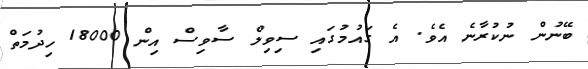
ބޭނުން ނުކުރާނެ އެވެ. އެ ގައުމުގައި ސިވިލް ސާވިސް އިން 18000 ހިދުމަތް